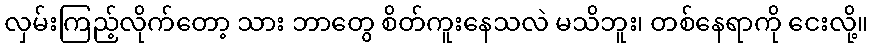
လှမ်းကြည့်လိုက်တော့ သား ဘာတွေ စိတ်ကူးနေသလဲ မသိဘူး၊ တစ်နေရာကို ငေးလို့။